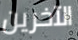
الآخرين